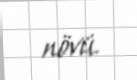
növü.